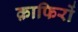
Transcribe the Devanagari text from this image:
क़ाफिरों